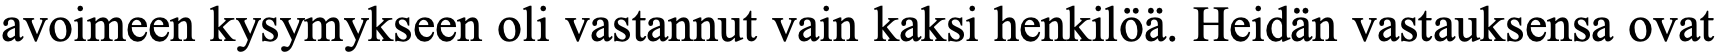
avoimeen kysymykseen oli vastannut vain kaksi henkilöä. Heidän vastauksensa ovat